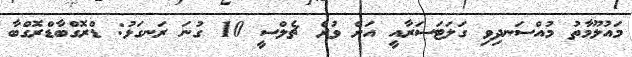
މައުލޫމާތު މުއްސަނދިވި ގަލަޓަސަރާއީ އަށް ވުރެ ޗެލްސީ 10 ގުނަ ރަނގަޅު: ޑްރޮގްބާޑްރޮގްބާ